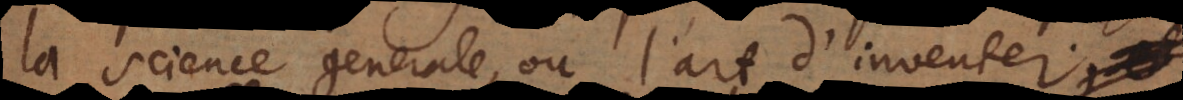
la science generale ou l’art d’inventer,